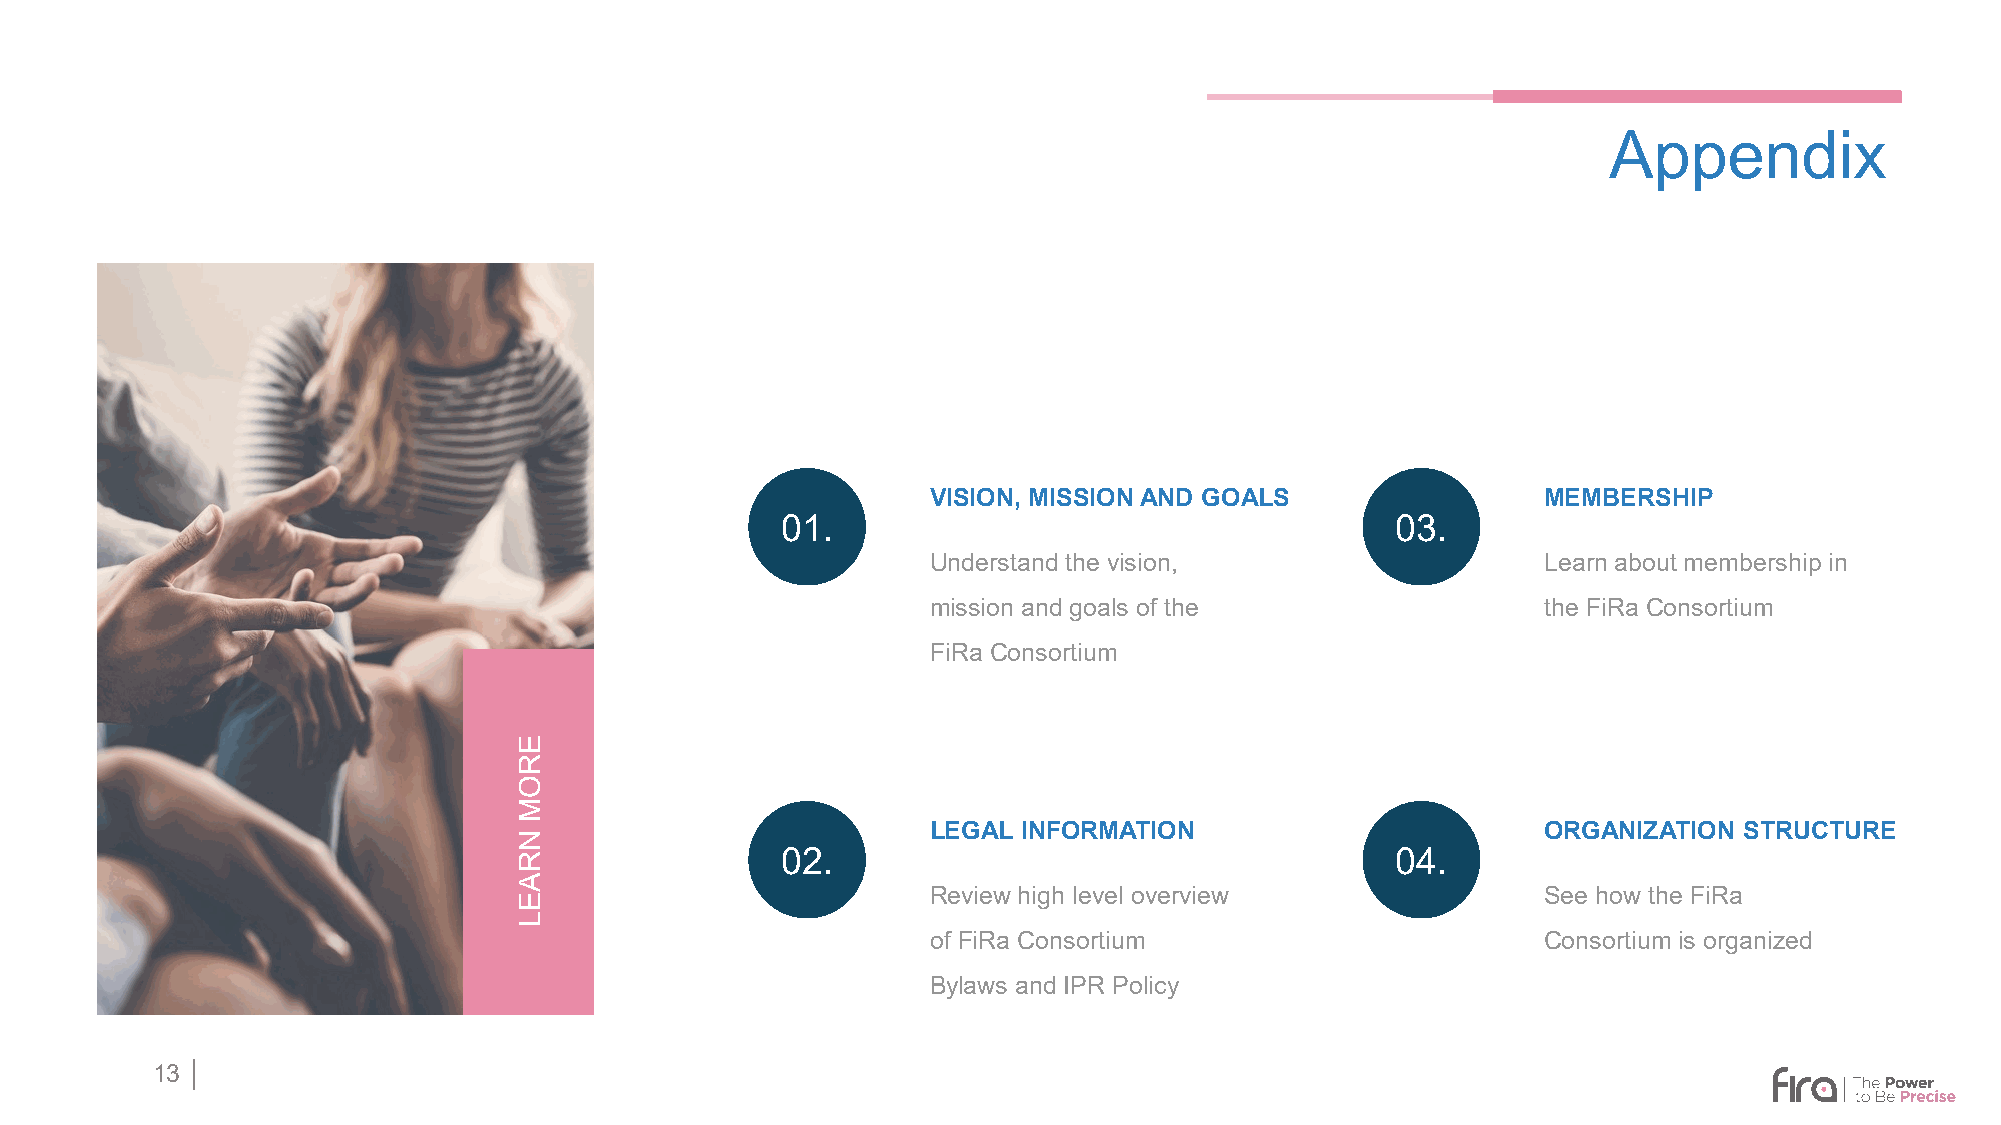
Appendix
 VISION, MISSION AND GOALS               MEMBERSHIP
 01.                                     03.
 Understand the vision,                  Learn about membership in
 mission and goals of the                the FiRa Consortium
 FiRa Consortium
 LEGAL INFORMATION                       ORGANIZATION STRUCTURE
 02.                                     04.
 Review high level overview              See how the FiRa
 of FiRa Consortium                      Consortium is organized
 Bylaws and IPR Policy
 13 │
 EROM
 NRAEL